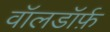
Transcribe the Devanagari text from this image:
वॉलडॉर्फ़